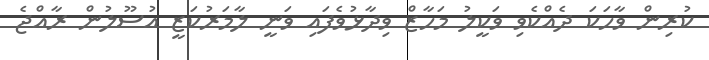
ކުރިން ވާހަކަ ދެއްކެވި ވަކީލު މަހާޒް ވިދާޅުވެފައި ވަނީ ލާމަރުކަޒީ އުސޫލުން ރާއްޖެ